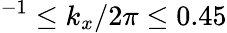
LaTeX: ^{-1}\leq k_{x}/2\pi\leq 0.45